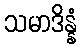
သမာဒိန္နံ